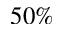
5 0 \%